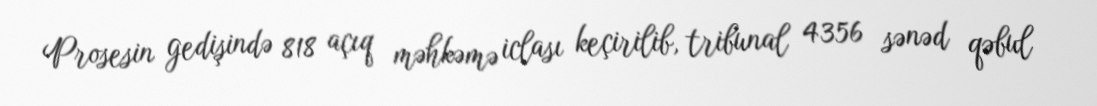
Prosesin gedişində 818 açıq məhkəmə iclası keçirilib, tribunal 4356 sənəd qəbul